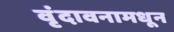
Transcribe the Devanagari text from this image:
वृंदावनामधून